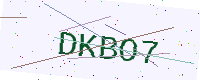
Text: DKBO7